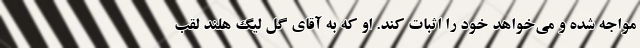
مواجه شده و می‌خواهد خود را اثبات کند. او که به آقای گل لیگ هلند لقب